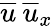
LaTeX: \overline{{u}}\: \overline{{u}}_{x}